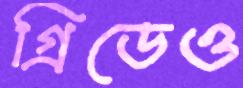
গ্রিডেও